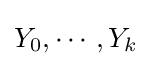
Y_{0},\cdots ,Y_{k}